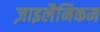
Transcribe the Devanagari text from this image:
ज़ाइलैनिकम